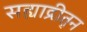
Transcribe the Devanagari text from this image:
सह्याद्रीतून